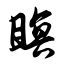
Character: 瞑